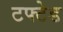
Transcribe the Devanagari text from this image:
टफ्टेड